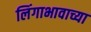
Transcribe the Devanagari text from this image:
लिंगाभावाच्या